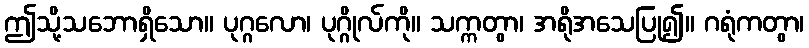
ဤသို့သဘောရှိသော။ ပုဂ္ဂလော၊ ပုဂ္ဂိုလ်ကို။ သက္ကတွာ၊ အရိုအသေပြု၍။ ဂရုံကတွာ၊